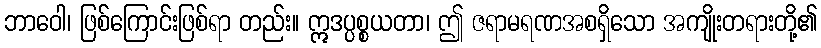
ဘာဝေါ၊ ဖြစ်ကြောင်းဖြစ်ရာ တည်း။ ဣဒပ္ပစ္စယတာ၊ ဤ ဇရာမရဏအစရှိသော အကျိုးတရားတို့၏